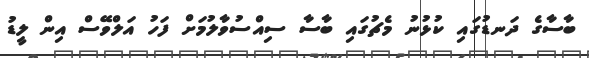
ބާސާގެ ދަނޑުގައި ކުޅުނު މެޗުގައި ބާސާ ސިއްސުވާލުމަށް ފަހު އަލްވޭސް އިން ލީޑު